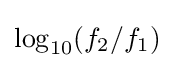
\log _{10}(f_{2}/f_{1})